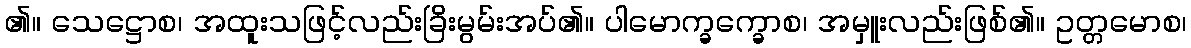
၏။ သေဋ္ဌောစ၊ အထူးသဖြင့်လည်းခြိးမွမ်းအပ်၏။ ပါမောက္ခက္ခောစ၊ အမှူးလည်းဖြစ်၏။ ဥတ္တမောစ၊